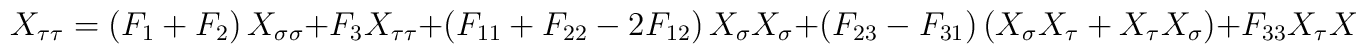
X_{\tau \tau }=\left( F_1+F_2\right) X_{\sigma \sigma }+F_3X_{\tau \tau}+\left( F_{11}+F_{22}-2F_{12}\right) X_\sigma X_\sigma +\left(F_{23}-F_{31}\right) \left( X_\sigma X_\tau +X_\tau X_\sigma \right)+F_{33}X_\tau X_\tau .